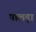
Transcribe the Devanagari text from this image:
पालड़ा